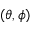
( \theta , \phi )